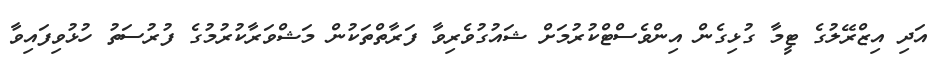
އަދި އިޒްރޭލުގެ ޓީމާ ގުޅިގެން އިންވެސްޓްކުރުމަށް ޝައުގުވެރިވާ ފަރާތްތަކުން މަޝްވަރާކުރުމުގެ ފުރުސަތު ހުޅުވިފައިވާ